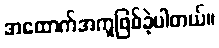
အထောက်အကူဖြစ်ခဲ့ပါတယ်။